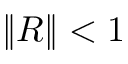
\| \cal R \| < 1